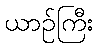
ယာဉ်ကြီး